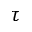
\tau